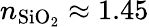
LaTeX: n_{\mathrm{SiO_{2}}}\approx 1.45